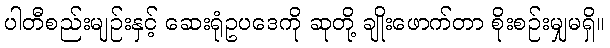
ပါတီစည်းမျဉ်းနှင့် ဆေးရုံဥပဒေကို ဆုတို့ ချိုးဖောက်တာ စိုးစဉ်းမျှမရှိ။